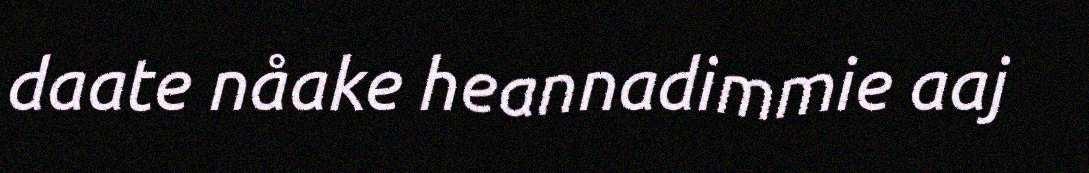
daate nåake heannadimmie aaj